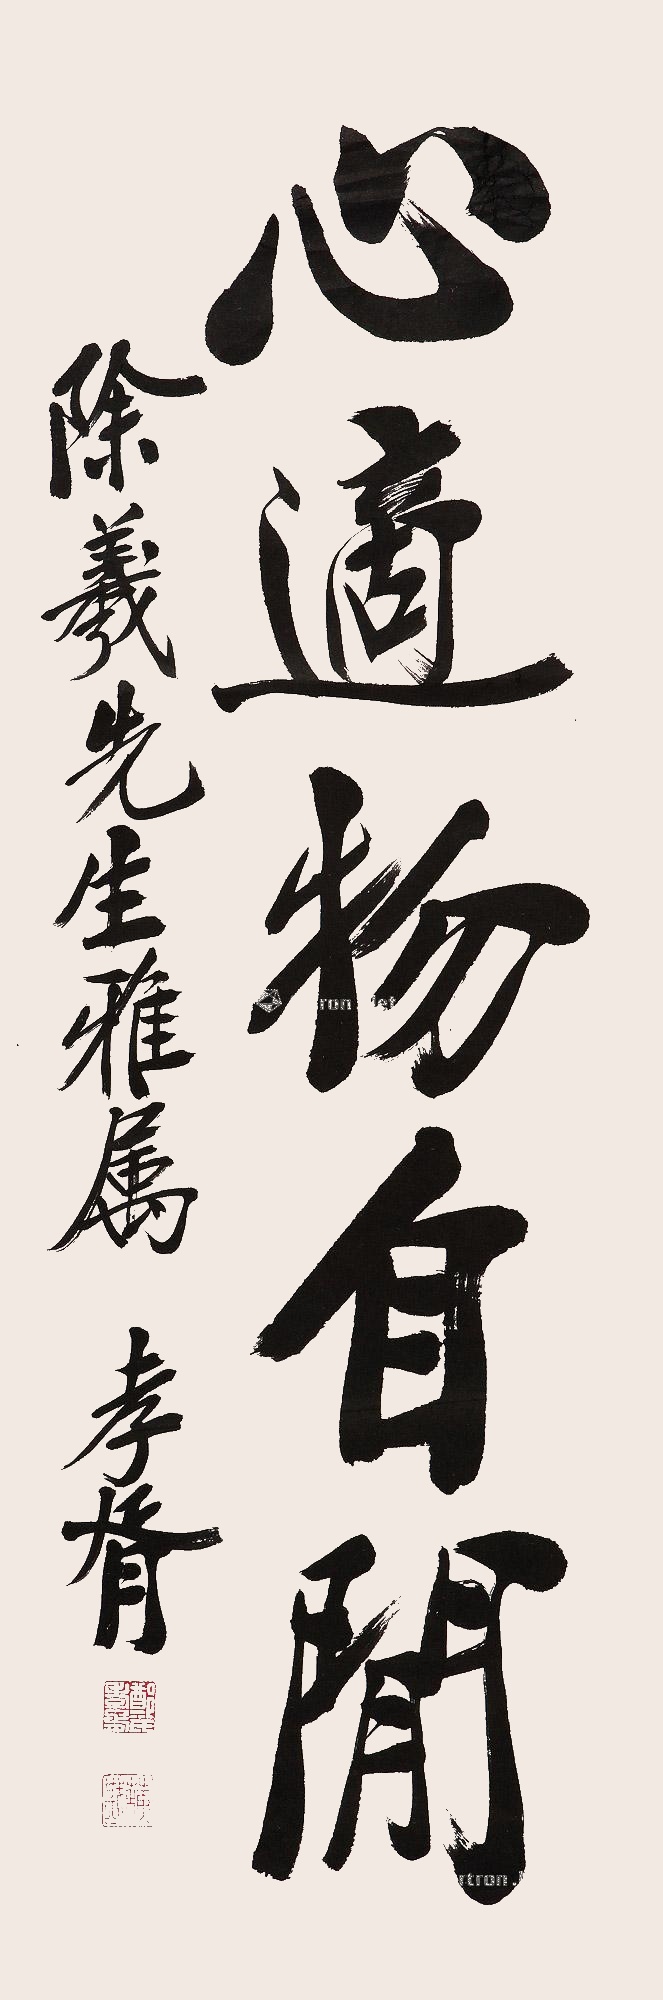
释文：心适物自闲除羲先生雅属，孝胥。